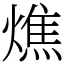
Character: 燋